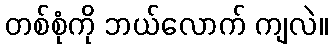
တစ်စုံကို ဘယ်လောက် ကျလဲ။